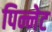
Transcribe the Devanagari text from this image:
पिन्नेट